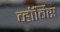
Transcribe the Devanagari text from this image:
व्हॉर्बिस